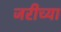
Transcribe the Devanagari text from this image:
जरीच्या